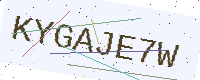
Text: KYGAJE7W